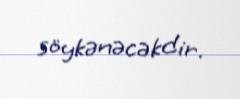
söykənəcəkdir.